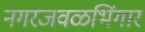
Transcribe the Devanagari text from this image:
नगरजवळभिंगार